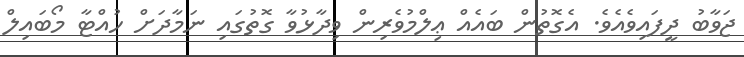
ޖަވާބު ދީފައިވެއެވެ. އެގޮތުން ބައެއް ޢިލްމުވެރިން ވިދާޅުވާ ގޮތުގައި ނަމާދަށް ހުއްޓާ މޯބައިލް